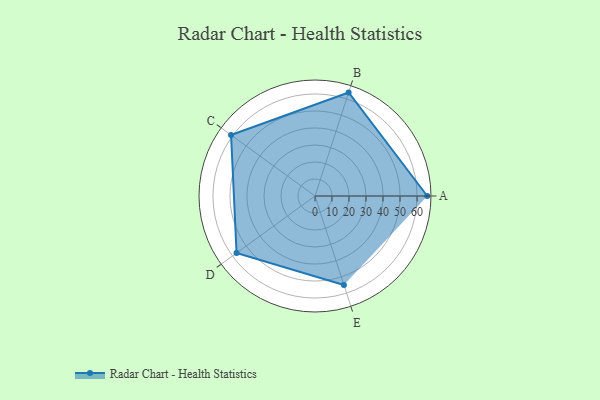
{"axis": {"x": "Skill", "y": "Score"}, "legend": ["Profile"], "data": [{"x": "A", "y": 66.0, "type": "Profile"}, {"x": "B", "y": 64.0, "type": "Profile"}, {"x": "C", "y": 61.0, "type": "Profile"}, {"x": "D", "y": 57.0, "type": "Profile"}, {"x": "E", "y": 55.0, "type": "Profile"}]}